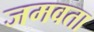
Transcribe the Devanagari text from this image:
जमवता